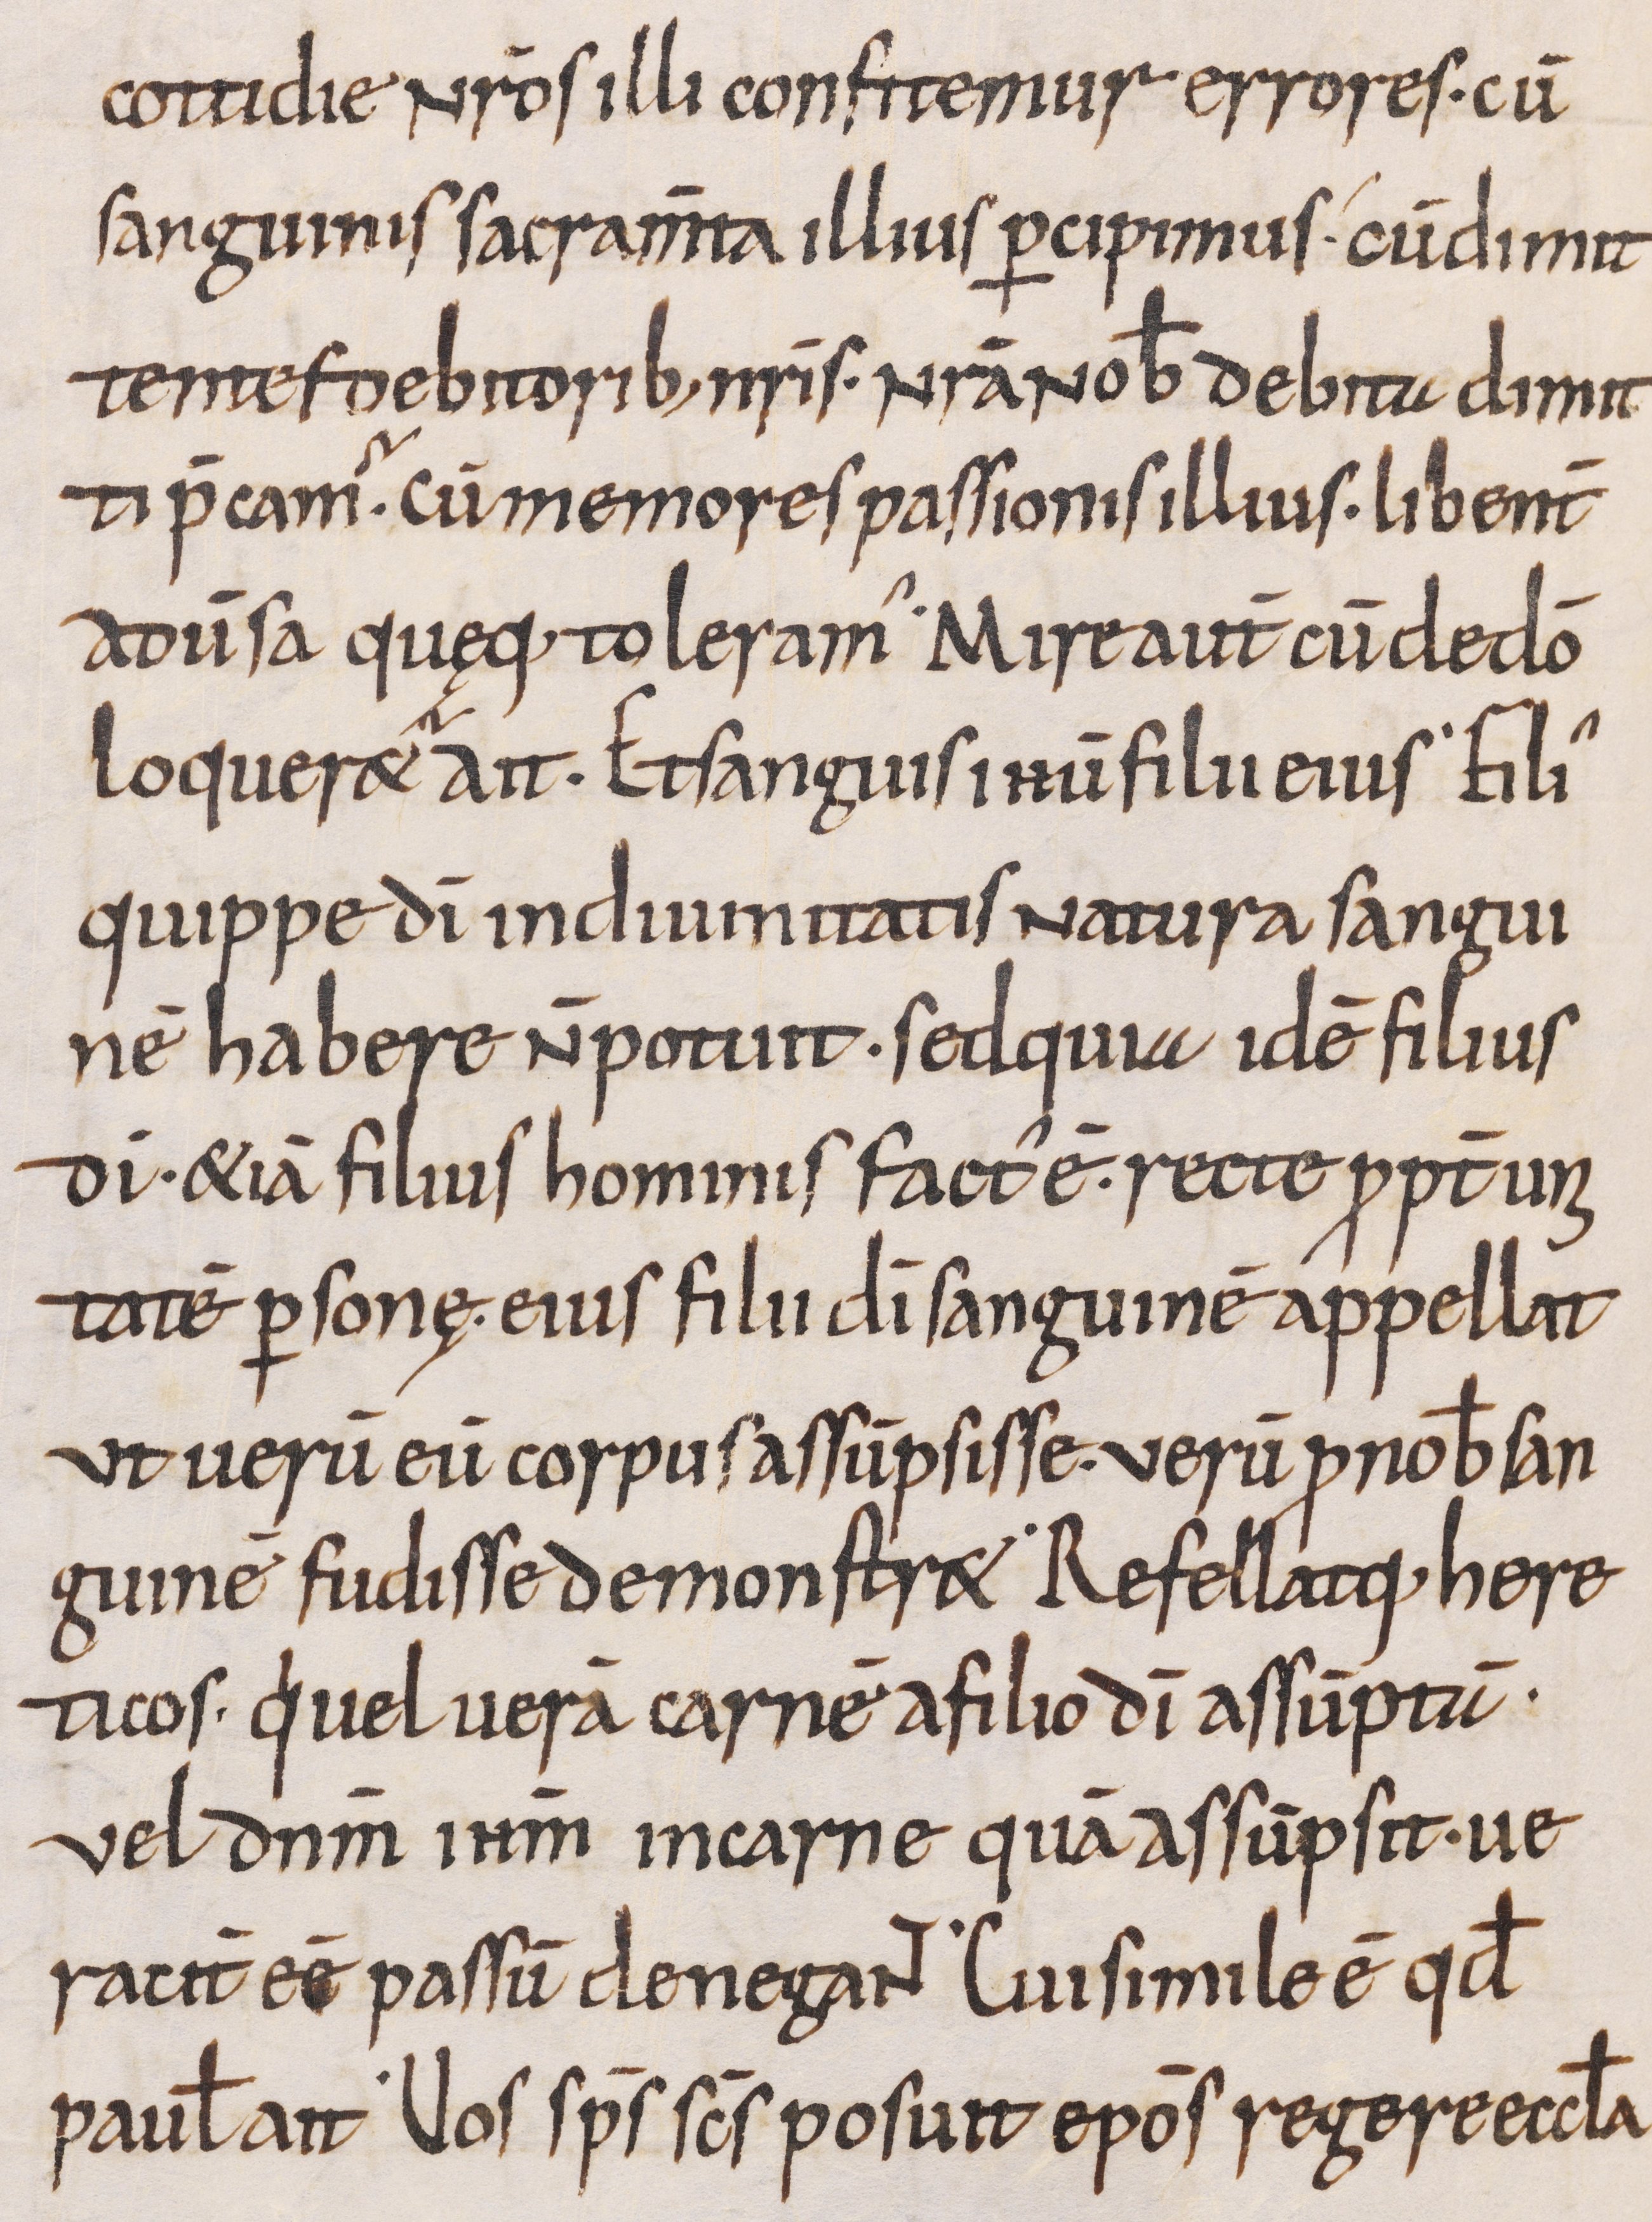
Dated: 800–999